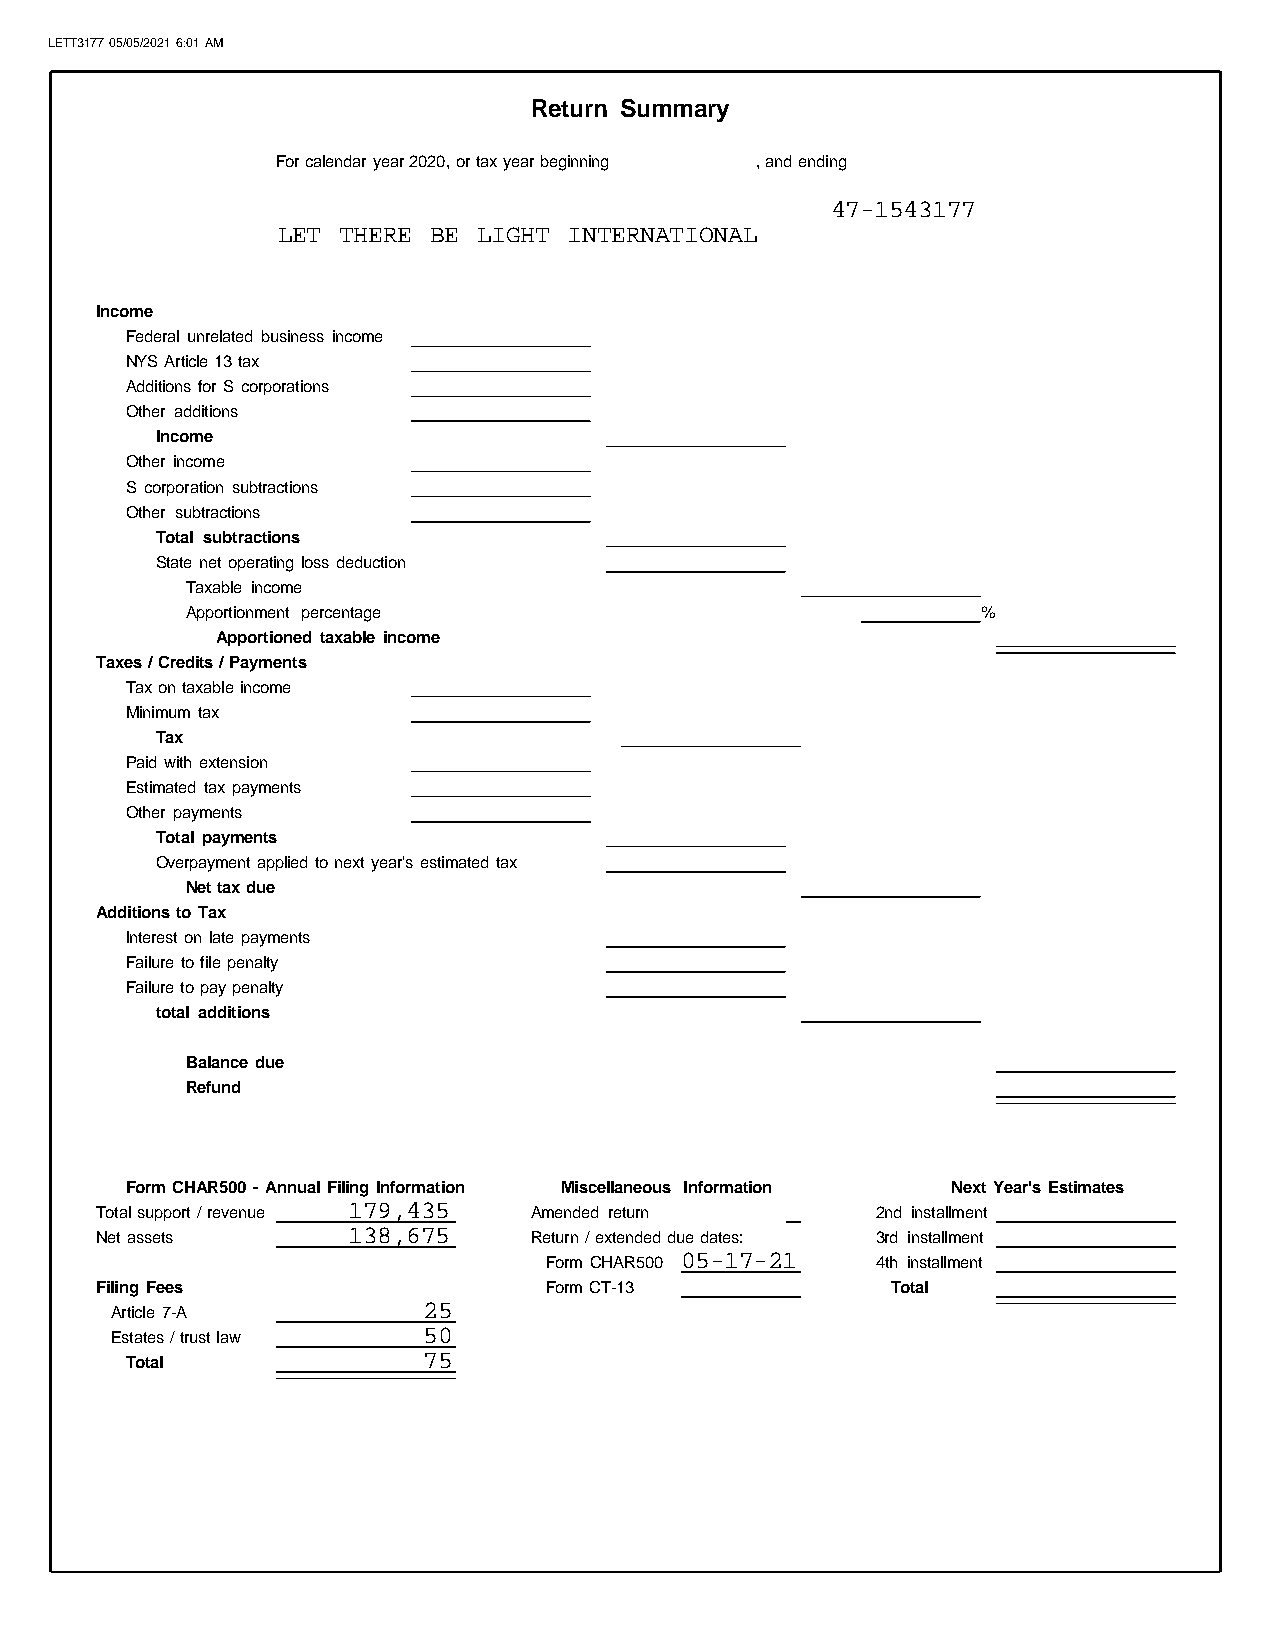
LETT3177 05/05/2021 6:01 AM
 Return Summary
 For calendar year 2020, or tax year beginning , and ending
 47-1543177
 LET  THERE BE LIGHT INTERNATIONAL
 Income
 Federal unrelated business income
 NYS Article 13 tax
 Additions for S corporations
 Other additions
 Income
 Other income
 S corporation subtractions
 Other subtractions
 Total subtractions
 State net operating loss deduction
 Taxable income
 Apportionment percentage                             %
 Apportioned taxable income
 Taxes / Credits / Payments
 Tax on taxable income
 Minimum tax
 Tax
 Paid with extension
 Estimated tax payments
 Other payments
 Total payments
 Overpayment applied to next year's estimated tax
 Net tax due
 Additions to Tax
 Interest on late payments
 Failure to file penalty
 Failure to pay penalty
 total additions
 Balance due
 Refund
 Form CHAR500 - Annual Filing Information Miscellaneous Information Next Year's Estimates
 179,435
 Total support / revenue      Amended return         2nd installment
 138,675
 Net assets                   Return / extended due dates: 3rd installment
 05-17-21
 Form CHAR500          4th installment
 Filing Fees                   Form CT-13             Total
 25
 Article 7-A
 50
 Estates / trust law
 75
 Total